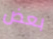
بعض